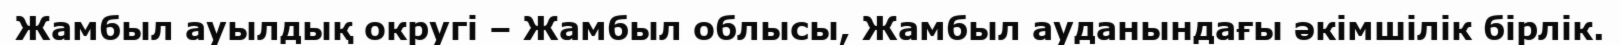
Жамбыл ауылдық округі – Жамбыл облысы, Жамбыл ауданындағы әкімшілік бірлік.